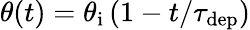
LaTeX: \theta(t)=\theta_{\mathrm{i}}\left(1-{t}/{\tau_{\mathrm{dep}}}\right)